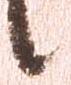
候